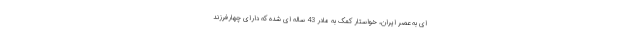
ای به عصر ایران، خواستار کمک به مادر 43 ساله ای شده که دارای چهارفرزند